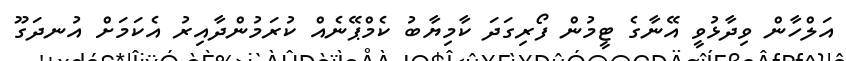
އަލްހާން ވިދާޅުވީ އޭނާގެ ޓީމުން ފޯރިގަދަ ކާމިޔާބު ކެމްޕޭނެއް ކުރަމުންދާއިރު އެކަމަށް އުނދަގޫ